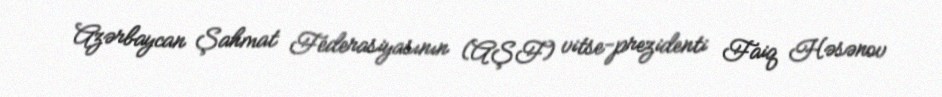
Azərbaycan Şahmat Federasiyasının (AŞF) vitse-prezidenti Faiq Həsənov